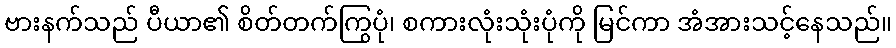
ဗားနက်သည် ပီယာ၏ စိတ်တက်ကြွပုံ၊ စကားလုံးသုံးပုံကို မြင်ကာ အံအားသင့်နေသည်။